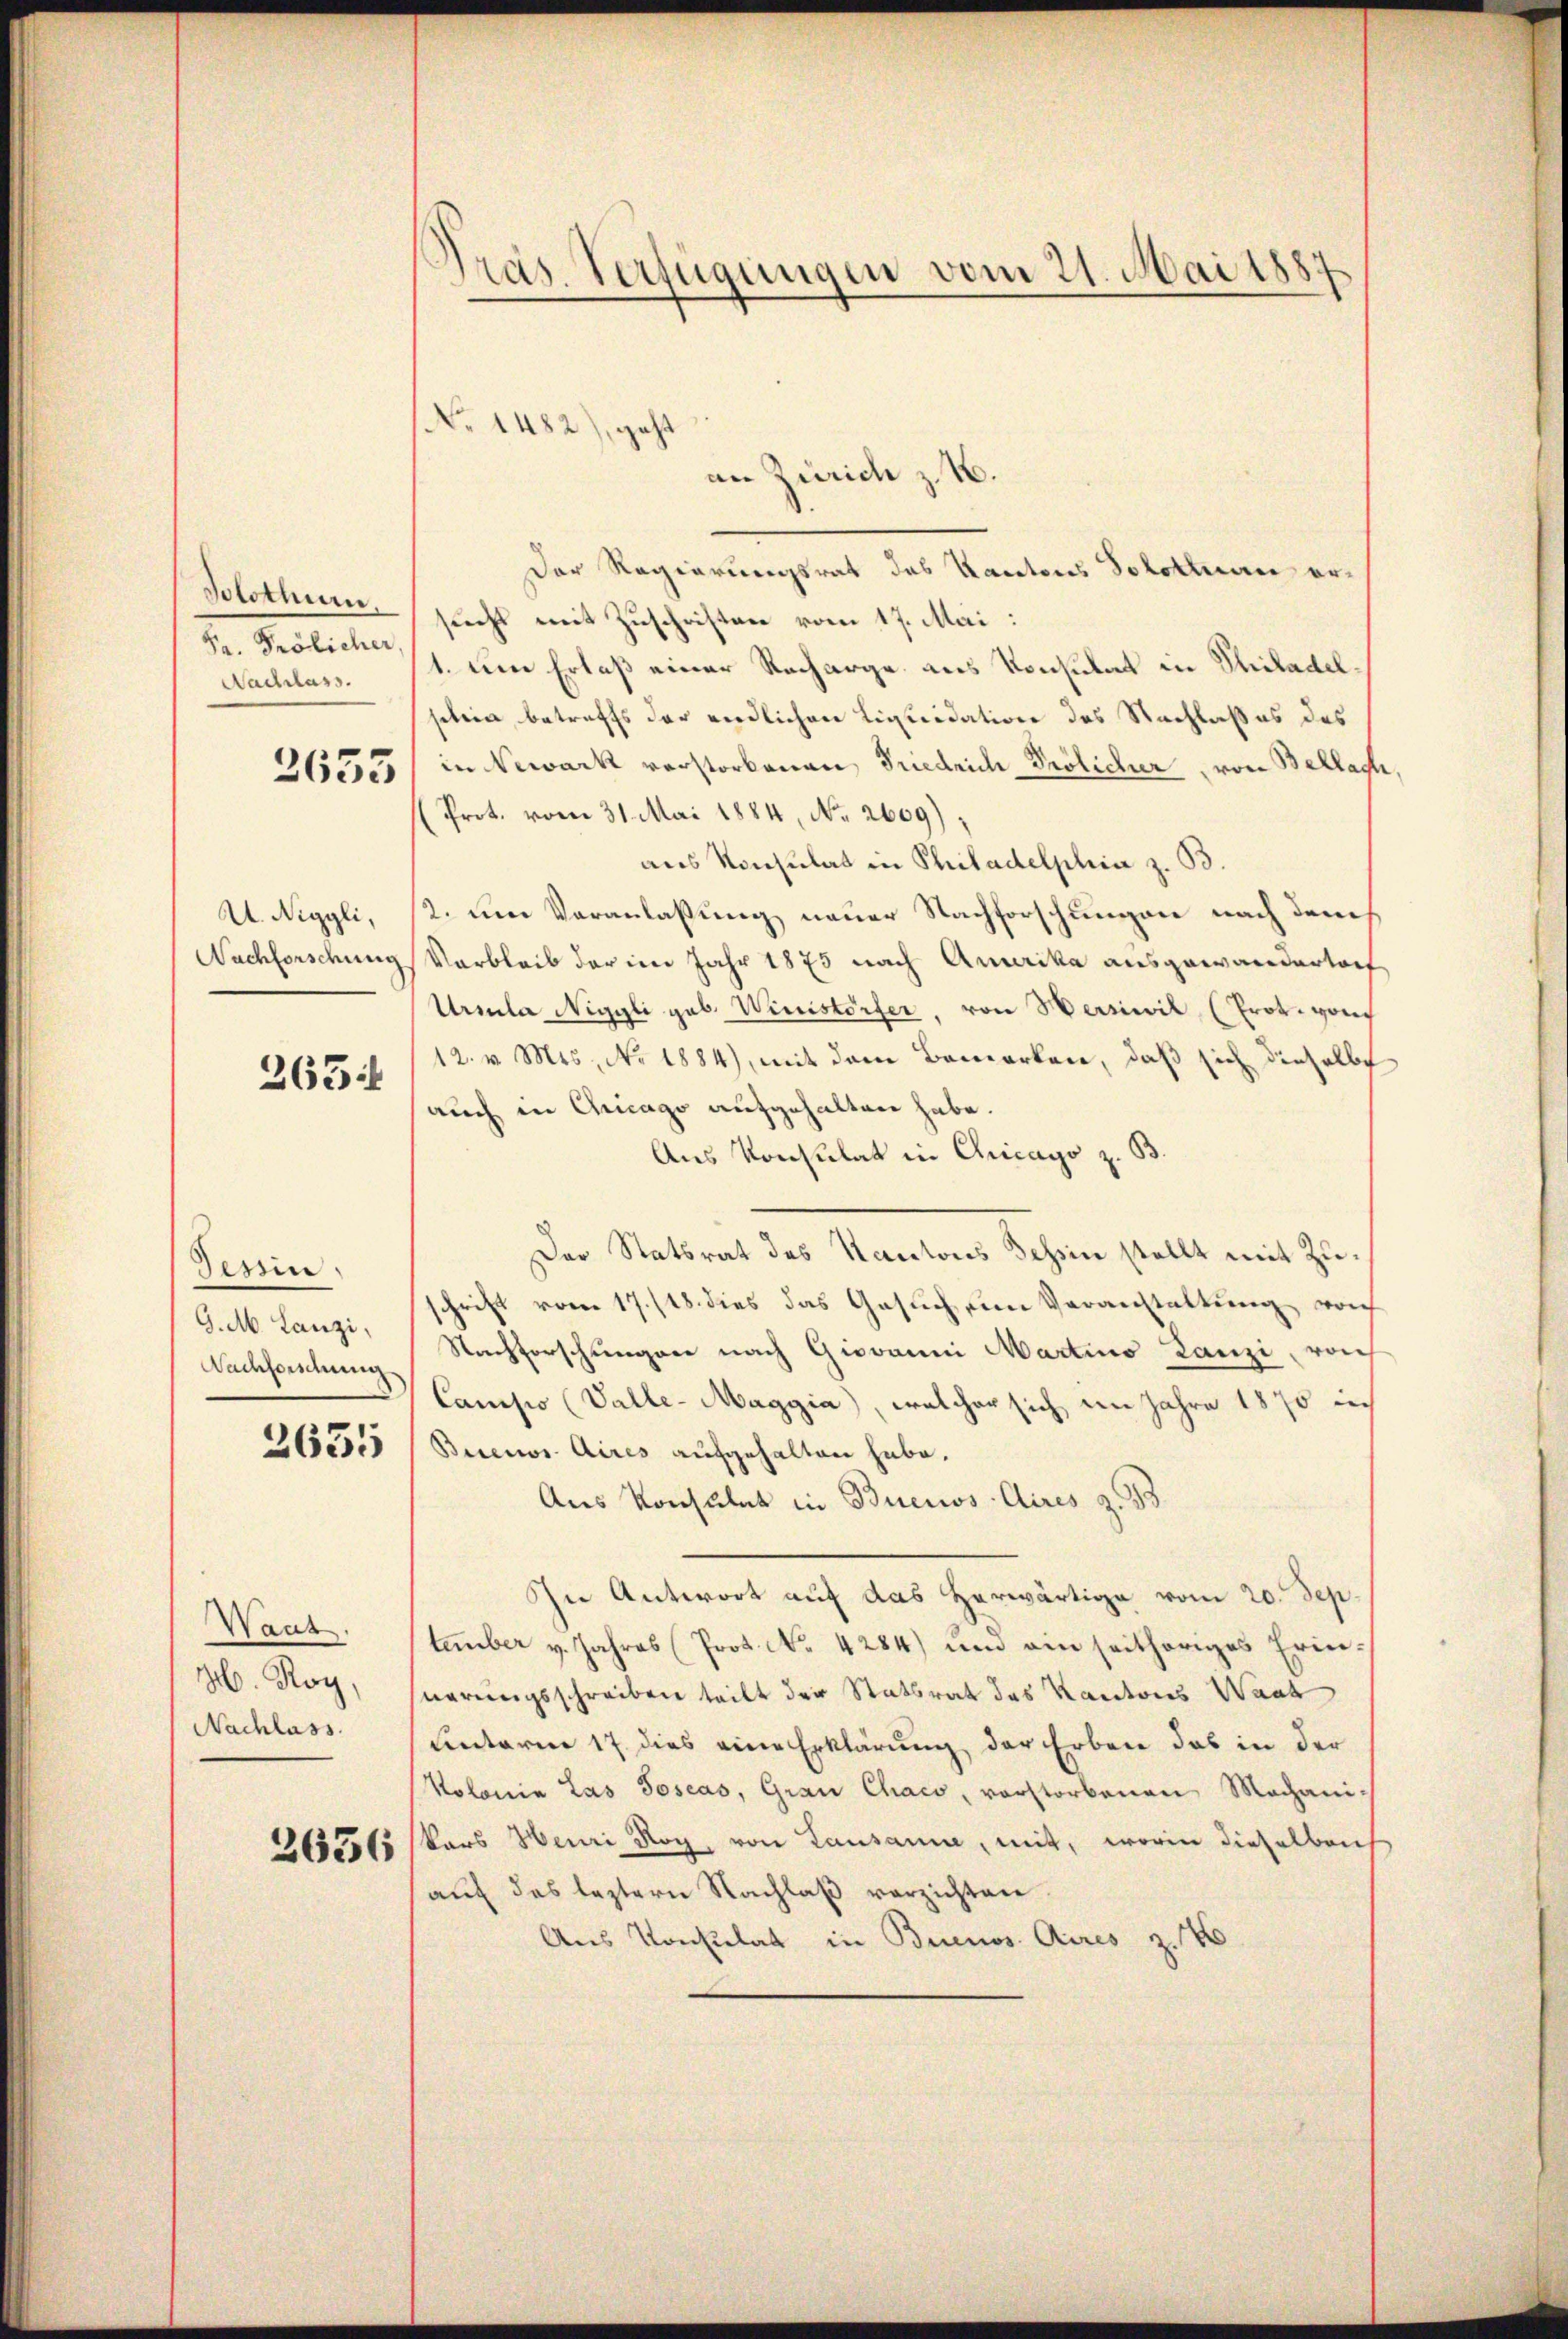
Solothum.
Pr. Frölicher
Nachlass.

2633

U. Niggli,
Nachforschung

263:

Tessine
G. M. Lanzi,
Nachforschung

2635

Waut.
H. Roy,
Nachlass.

2636

Pras Verfügungen vom 21. Mai 1887

NNo. 1482), geht

an Zürich z. B.
Der Regierungsrat des Kantons Solotten ersucht mit Zuschriften vom 17. Mai:
1. eine Erlaß einer Recharge aus Konsulat in Philadel,
schein, betreffs der endlichen Liquidation des Nachlaßes des
in Newark verstorbenen, Friedrich Prölicher, von Bellast,
(Prot. vom 31. Mai 1884, No. 2609).
aus Konsulat in Philadelphia z. B.
2. um Veranlaßung neuer Nachforschungen nach durch
Varbleib der im Jahr 1873 nach Amerika ausgewandertoch
Urila Niggli geb. Winistorfer, von Herswil (Prot. von
12. v. Mts., No 1884), mit dem Bemerken, daß sich dieselbe
auch in Oncago aufgehalten habe.
Aus Konsulat in Chicago z. B.
Der Statsrat des Kantons Tessin stellt mit Zuschrift vom 17./18. dies das Gesuch um Veranstaltung noch
Nachforschungen nach Giovanni Martino Lanzi, von
Campo (Valle-Maggia, welcher sich im Jahre 1870 in
Buenos Aires aufgehalten habe.
Aus Konsulat in Buenos-Aires z. B.
In Antwort auf das Herwärtige vom 20. Sep.
tember v. Jahres (Prot. No. 4284) und ein seithöriges Erinnerungsschreiben teilt der Statsrat das Kantons Waat
Antarere 17 dies eine Erklärung der Erben das in der
Kolonia Las Joseas, Grau Chaco, vorstorbenen Mechanikars Henri Roy, von Lausanne, mit, worin dieselben
aŭf des leztern Nachlaβ verzichten.
Aus Konsulat in Buenos Aires z. 16

.